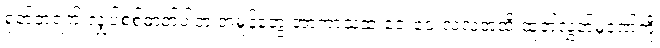
ရုတ်တရက် လျှပ်စစ်ဓာတ်ပါတဲ့ အမှုန်တွေ အာကာသထဲ ဝေးဝေးလံလံအထိ ထုတ်လွှတ်မှုဒဏ်ကို